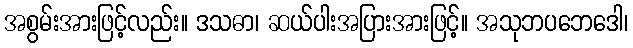
အစွမ်းအားဖြင့်လည်း။ ဒသဓာ၊ ဆယ်ပါးအပြားအားဖြင့်။ အသုဘပဘေဒေါ၊